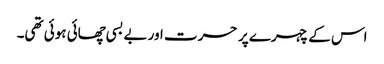
اس کے چہرے پر حسرت اور بے بسی چھائی ہوئی تھی۔